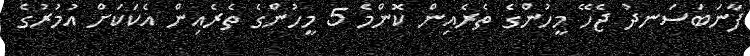
ފާނަބަސަނދު ޖެހޭ މީހުންގެ ތެރެއިން ކޮންމެ 5 މީހުންގެ ތެރެއިން އެކަކަށް އުމުރުގެ